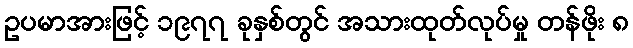
ဥပမာအားဖြင့် ၁၉၇၇ ခုနှစ်တွင် အသားထုတ်လုပ်မှု တန်ဖိုး ၈